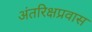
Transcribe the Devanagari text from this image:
अंतरिक्षप्रवास